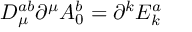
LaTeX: D _ { \mu } ^ { a b } \partial ^ { \mu } A _ { 0 } ^ { b } = \partial ^ { k } E _ { k } ^ { a }